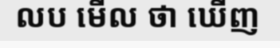
លប មើល ថា ឃើញ